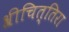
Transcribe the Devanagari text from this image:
श्रीचित्तिरा